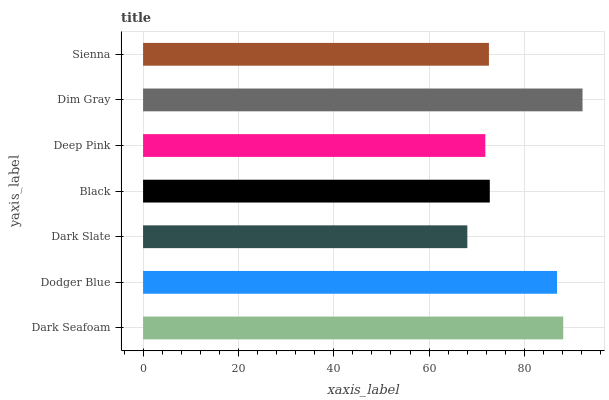
| yaxis_label | bars |
 | --- | --- |
 | Dark Seafoam | 88.1 |
 | Dodger Blue | 86.8 |
 | Dark Slate | 68 |
 | Black | 72.7 |
 | Deep Pink | 71.8 |
 | Dim Gray | 92.2 |
 | Sienna | 72.6 |